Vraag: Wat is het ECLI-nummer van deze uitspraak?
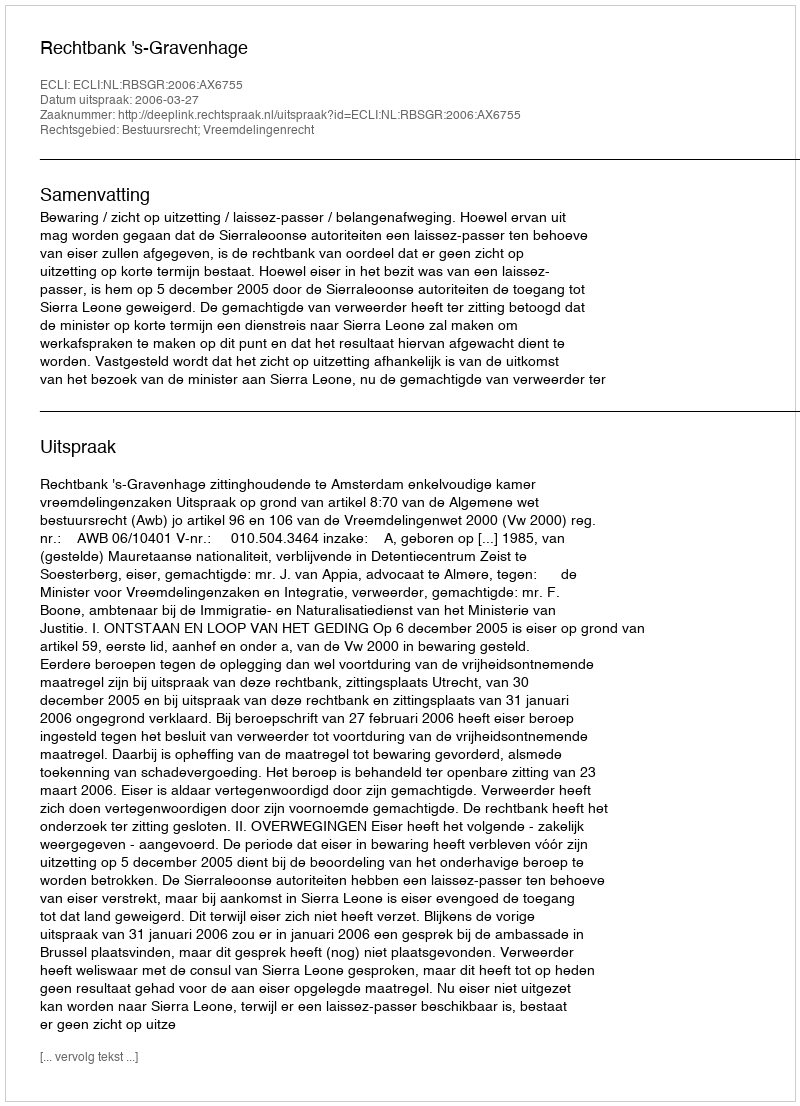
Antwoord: ECLI:NL:RBSGR:2006:AX6755